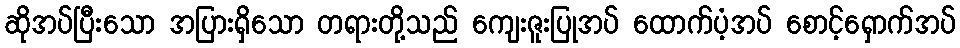
ဆိုအပ်ပြီးသော အပြားရှိသော တရားတို့သည် ကျေးဇူးပြုအပ် ထောက်ပံ့အပ် စောင့်ရှောက်အပ်